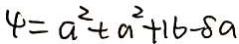
4 = a ^ { 2 } + a ^ { 2 } + 1 6 - 8 a